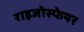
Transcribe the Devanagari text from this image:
राइजोस्फेयर